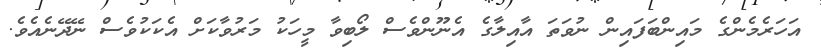
އަހަރެމެންގެ މައިންބަފައިން ނުވަތަ އާއިލާގެ އެނޫންވެސް ލޯބިވާ މީހަކު މަރުވާކަށް އެކަކުވެސް ނޭދޭނެއެވެ.